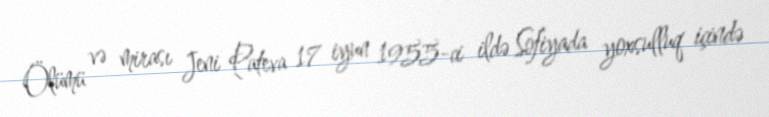
Ölümü və mirası Jeni Pateva 17 iyun 1955-ci ildə Sofiyada yoxsulluq içində